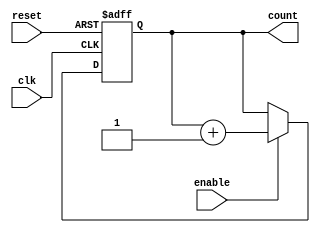
module ring_counter_with_enable (
    input wire clk,
    input wire reset,
    input wire enable,
    output reg [3:0] count
);

always @(posedge clk or posedge reset) begin
    if (reset) begin
        count <= 4'b0000;
    end else if (enable) begin
        count <= count + 1;
    end
end

endmodule